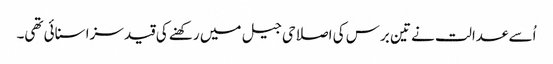
اُسے عدالت نے تین برس کی اصلاحی جیل میں رکھنے کی قید سزا سنائی تھی۔